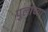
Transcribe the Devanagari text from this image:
पुलांच्या